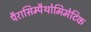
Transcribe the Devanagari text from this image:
पैरासिम्पैथोमिमेटिक